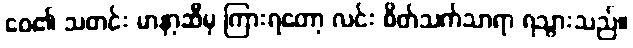
ဝေ၏ သတင်း မာနာ့ဆီမှ ကြားရတော့ လင်း စိတ်သက်သာရာ ရသွားသည်။